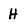
Character: H